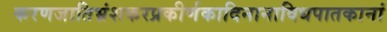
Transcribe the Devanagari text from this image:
करणजातिभ्रंशकरप्रकीर्णकादिनानाविधपातकानां